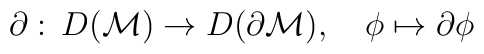
\partial:\,D({\cal M})\rightarrow D(\partial {\cal M}),\quad \phi\mapsto\partial\phi